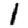
Digit: 1